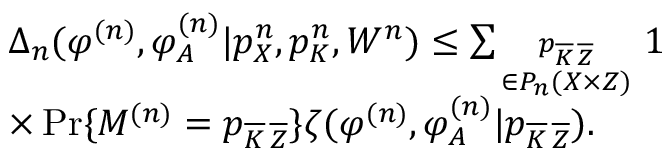
\begin{array} { r l } & { \Delta _ { n } ( \varphi ^ { ( n ) } , \varphi _ { \cal A } ^ { ( n ) } | p _ { X } ^ { n } , p _ { K } ^ { n } , W ^ { n } ) \leq \sum _ { \scriptstyle p _ { \overline { { K } } \, \overline { { Z } } } \atop { \scriptstyle \in { \cal P } _ { n } ( { \cal X } \times { \cal Z } ) } } 1 } \\ & { \times \operatorname* { P r } \{ M ^ { ( n ) } = p _ { \overline { { K } } \, \overline { { Z } } } \} \zeta ( \varphi ^ { ( n ) } , \varphi _ { \cal A } ^ { ( n ) } | p _ { \overline { { K } } \, \overline { { Z } } } ) . } \end{array}